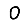
Digit: 0